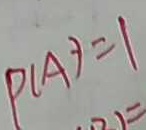
P ( A ) = 1